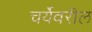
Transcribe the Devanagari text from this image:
चर्येवरील